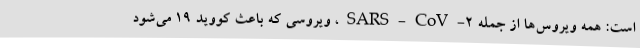
است: همه ویروس‌ها از جمله SARS-CoV-۲، ویروسی که باعث کووید ۱۹ می‌شود